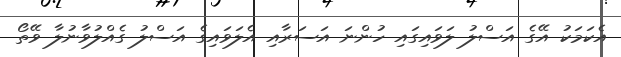
އެކަމަކު އޭގެ އަސްލު ލަވައިގައި ހުންނަ އަސަރާއި އެލަވައިގެ އަސްލު ގެއްލުވާނުލާ ވޭތޯ